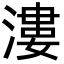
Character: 漊